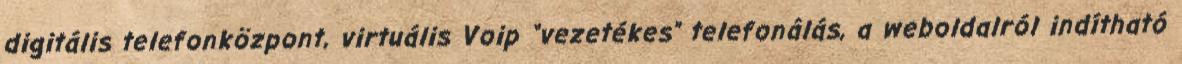
digitális telefonközpont, virtuális Voip “vezetékes” telefonálás, a weboldalról indítható